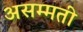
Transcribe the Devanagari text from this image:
असम्मती